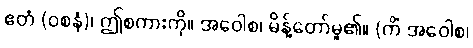
ဧတံ (ဝစနံ)၊ ဤစကားကို။ အဝေါစ၊ မိန့်တော်မူ၏။ (ကိံ အဝေါစ၊